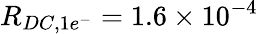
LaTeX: R_{DC,1e^{-}}=1.6\times 10^{-4}